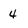
Character: 4